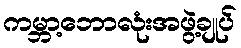
ကမ္ဘာ့ဘောလုံးအဖွဲ့ချုပ်